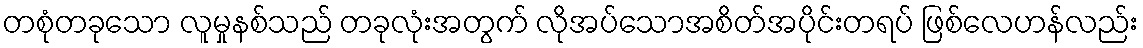
တစုံတခုသော လူမှုနစ်သည် တခုလုံးအတွက် လိုအပ်သောအစိတ်အပိုင်းတရပ် ဖြစ်လေဟန်လည်း